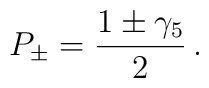
P_\pm={1\pm\gamma_5\over2}\,.